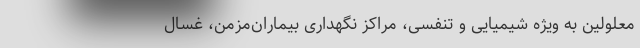
معلولین به ویژه شیمیایی و تنفسی، مراکز نگهداری بیماران‌مزمن، غسال